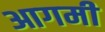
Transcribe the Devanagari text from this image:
आगमी